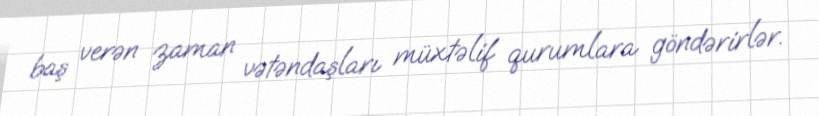
baş verən zaman vətəndaşları müxtəlif qurumlara göndərirlər.